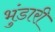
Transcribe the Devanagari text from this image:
भुंडारी